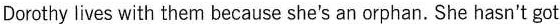
Dorothy lives with them because she's an orphan.She hasn't got